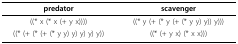
<table><thead><tr><td><b>predator</b></td><td><b>scavenger</b></td></tr></thead><tbody><tr><td>((* x (* x (+ y x))))</td><td>((* y (+ (* y (+ (* y y) y)) y)))</td></tr><tr><td>((* (+ (* (+ (* y y) y) y) y) y))</td><td>((* (+ y x) (* x x)))</td></tr></tbody></table>